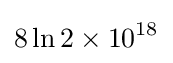
8\ln 2\times 10^{18}